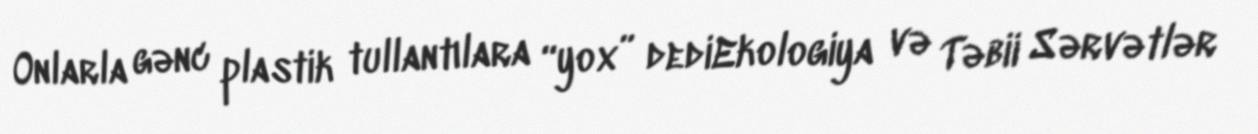
Onlarla gənc plastik tullantılara “yox” dediEkologiya və Təbii Sərvətlər